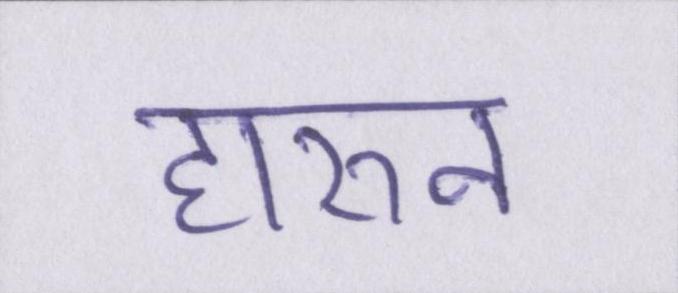
हारुन